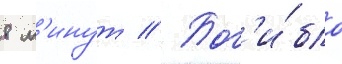
8 м'инут // Пог'и́бло